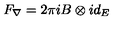
F _ { \nabla } = 2 \pi i B \otimes i d _ { E }